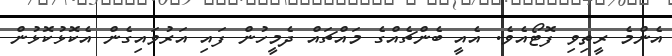
އެންމެ ރީތިވި ފޮޓޯއެވެ. އެއީ ބެންޗެއްގެ މައްޗައް ދެމީހުން ފައި އަރުވައިގެން އެކޮޅުކޮޅުން